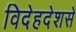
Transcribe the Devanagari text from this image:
विदेहदेशसे